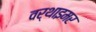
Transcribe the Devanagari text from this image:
वर्थाइमर